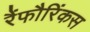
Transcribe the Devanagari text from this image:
रैंफौरिंकस